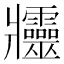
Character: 𤖦